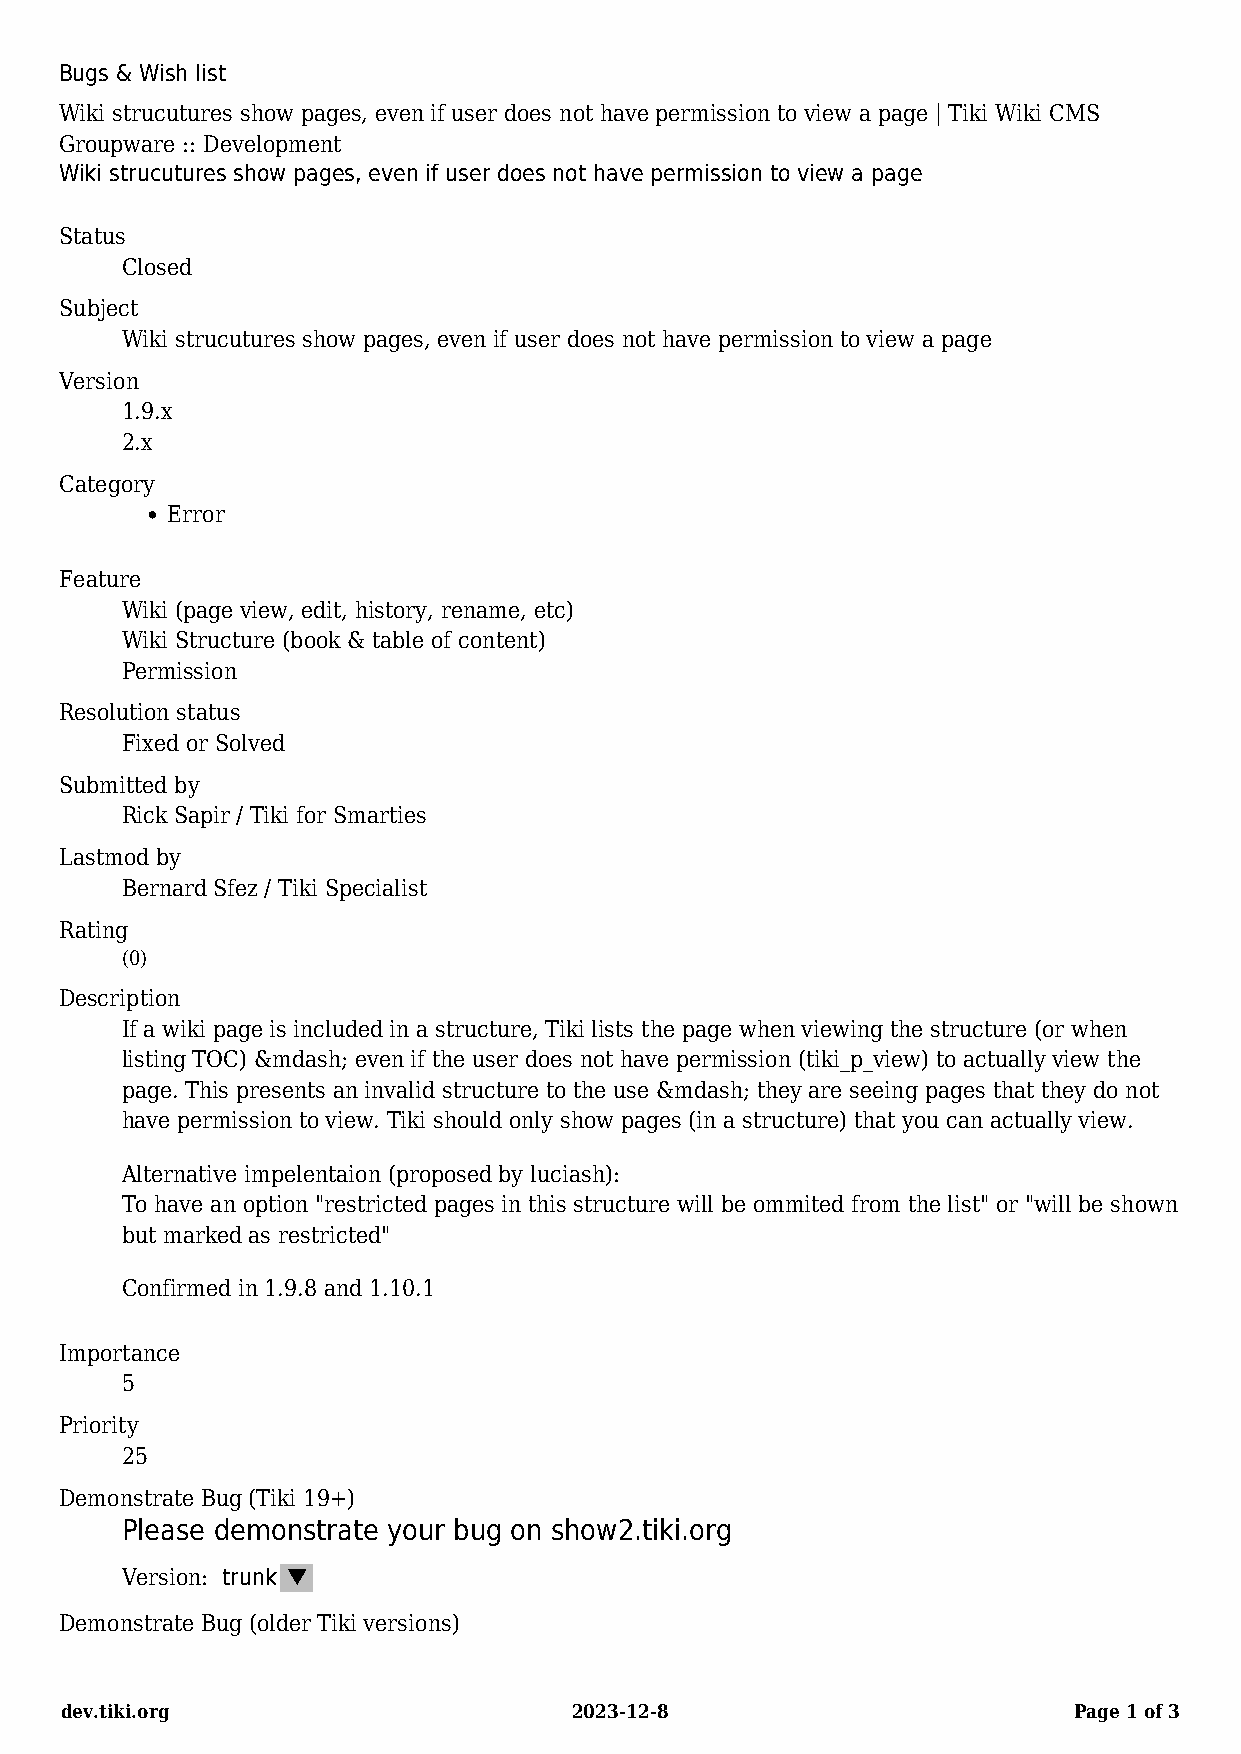
Bugs & Wish list
 Wiki strucutures show pages, even if user does not have permission to view a page | Tiki Wiki CMS
 Groupware :: Development
 Wiki strucutures show pages, even if user does not have permission to view a page
 Status
 Closed
 Subject
 Wiki strucutures show pages, even if user does not have permission to view a page
 Version
 1.9.x
 2.x
 Category
 Error
 Feature
 Wiki (page view, edit, history, rename, etc)
 Wiki Structure (book & table of content)
 Permission
 Resolution status
 Fixed or Solved
 Submitted by
 Rick Sapir / Tiki for Smarties
 Lastmod by
 Bernard Sfez / Tiki Specialist
 Rating
 (0)
 Description
 If a wiki page is included in a structure, Tiki lists the page when viewing the structure (or when
 listing TOC) &mdash; even if the user does not have permission (tiki_p_view) to actually view the
 page. This presents an invalid structure to the use &mdash; they are seeing pages that they do not
 have permission to view. Tiki should only show pages (in a structure) that you can actually view.
 Alternative impelentaion (proposed by luciash):
 To have an option "restricted pages in this structure will be ommited from the list" or "will be shown
 but marked as restricted"
 Confirmed in 1.9.8 and 1.10.1
 Importance
 5
 Priority
 25
 Demonstrate Bug (Tiki 19+)
 Please demonstrate your bug on show2.tiki.org
 Version: trunk t Create show2.tiki.org instance
 Demonstrate Bug (older Tiki versions)
 dev.tiki.org                      2023-12-8                        Page 1 of 3